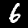
Label: 6